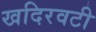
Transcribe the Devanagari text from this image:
खदिरवटी